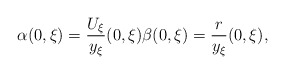
\begin{align*} \alpha(0,\xi)=\frac{U_\xi}{y_\xi}(0,\xi)\beta(0,\xi)=\frac{r}{y_\xi}(0,\xi),\end{align*}